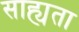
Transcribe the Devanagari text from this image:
साह्यता